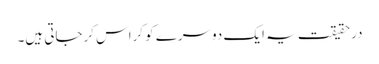
درحقیقت یہ ایک دوسرے کو کراس کرجاتی ہیں۔